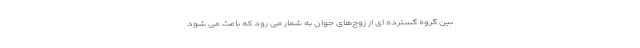
بین گروه گسترده ای از زوج‌های جوان به شمار می رود که باعث می شود